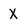
Character: X